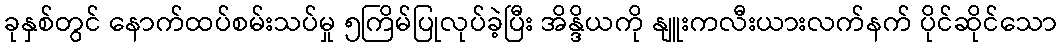
ခုနှစ်တွင် နောက်ထပ်စမ်းသပ်မှု ၅ကြိမ်ပြုလုပ်ခဲ့ပြီး အိန္ဒိယကို နျူးကလီးယားလက်နက် ပိုင်ဆိုင်သော